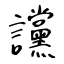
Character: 讜